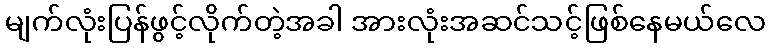
မျက်လုံးပြန်ဖွင့်လိုက်တဲ့အခါ အားလုံးအဆင်သင့်ဖြစ်နေမယ်လေ